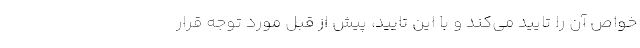
خواص آن را تایید می­کند و با این تایید، پیش از قبل مورد توجه قرار